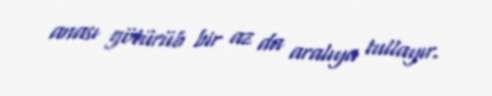
anası götürüb bir az da aralıya tullayır.